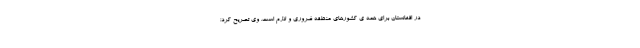
در افغانستان برای همه ی کشورهای منطقه ضروری و لازم است. وی تصریح کرد؛